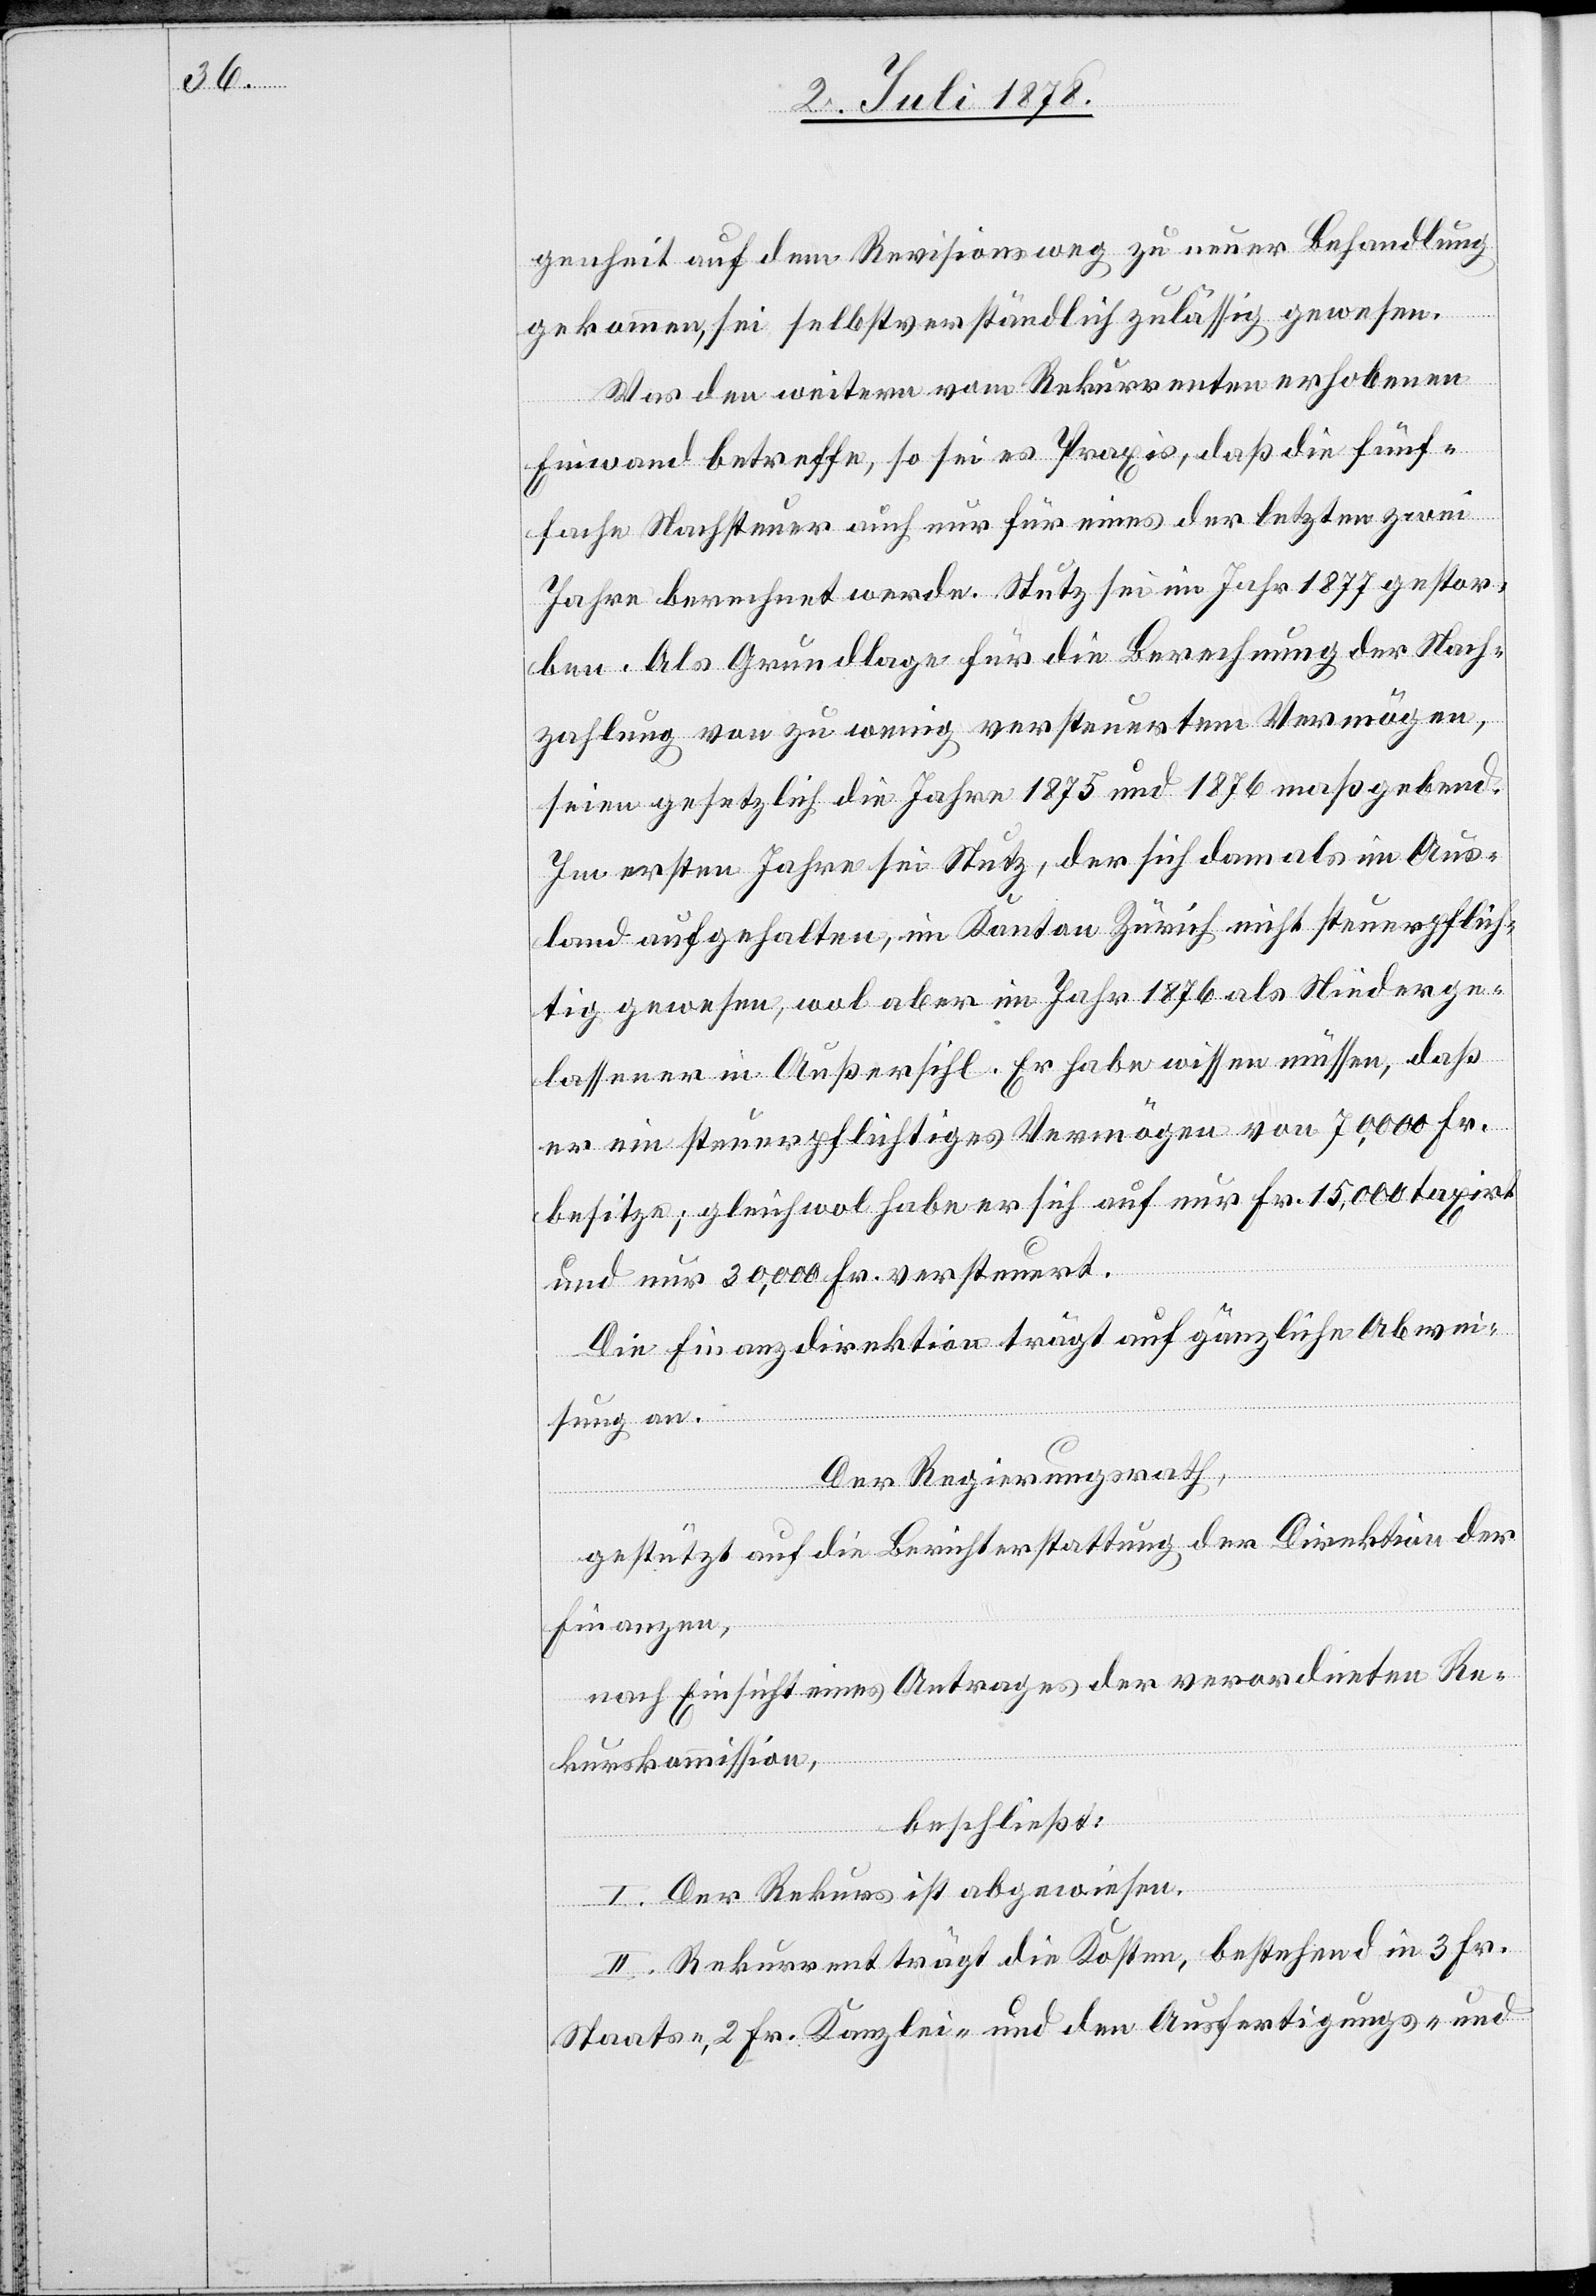
genheit auf dem Revisionsweg zu neuer Behandlung
gekommen, sei selbstverständlich zulässig gewesen.
Was den weitern vom Rekurrenten erhobenen
Einwand betreffe, so sei es Praxis, daß die fünf¬
fache Nachsteuer auch nur für eines der letzten zwei
Jahre berechnet werde. Stutz sei im Jahr 1877 gestor¬
ben. Als Grundlage für die Berechnung der Nach¬
zahlung von zu wenig versteuertem Vermögen,
seien gesetzlich die Jahre 1875 und 1876 maßgebend.
Im ersten Jahre sei Stutz, der sich damals im Aus¬
land aufgehalten, im Kanton Zürich nicht steuerpflich¬
tig gewesen, wol aber im Jahr 1876 als Niederge¬
lassener in Außersihl. Er habe wissen müssen, daß
er ein steuerpflichtiges Vermögen von 70,000 Fr.
besitze; gleichwol habe er sich auf nur Fr. 15,000 taxirt.
und nur 30,000 Fr. versteuert.
Die Finanzdirektion trägt auf gänzliche Abwei¬
sung an.
Der Regierungsrath,
gestützt auf die Berichterstattung der Direktion der
Finanzen,
nach Einsicht eines Antrages der verordneten Re¬
kurskommission,
beschließt:
I. Der Rekurs ist abgewiesen.
II. Rekurrent trägt die Kosten, bestehend in 3 Fr.
Staats-, 2 Fr. Kanzlei- und den Ausfertigungs- und